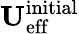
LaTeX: \mathbf{U}_{\mathrm{eff}}^{\mathrm{initial}}